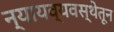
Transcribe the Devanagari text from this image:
न्यायव्यवस्थेतून